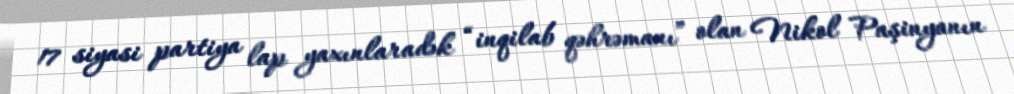
17 siyasi partiya lap yaxınlaradək “inqilab qəhrəmanı” olan Nikol Paşinyanın